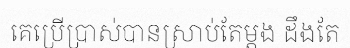
គេប្រើប្រាស់បានស្រាប់តែម្តង ដឹងតែ